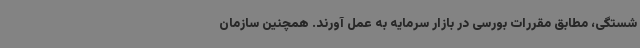
شستگی، مطابق مقررات بورسی در بازار سرمایه به عمل آورند. همچنین سازمان